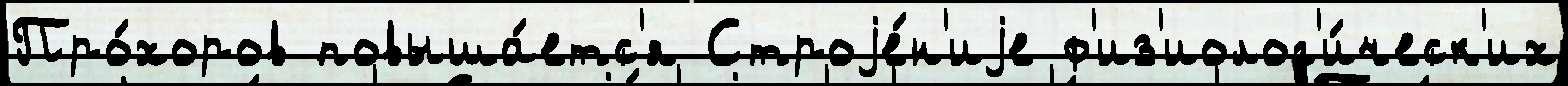
Про́хоров повыша́етс'я Строjе́н'иjе ф'из'иолог'и́ческ'их